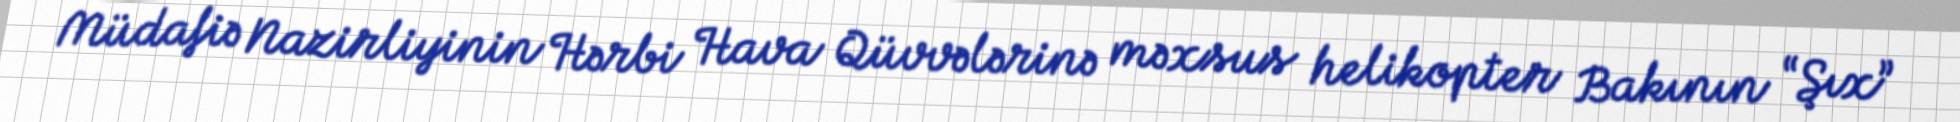
Müdafiə Nazirliyinin Hərbi Hava Qüvvələrinə məxsus helikopter Bakının “Şıx”